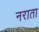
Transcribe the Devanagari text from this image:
नराता